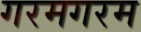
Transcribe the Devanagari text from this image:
गरमगरम